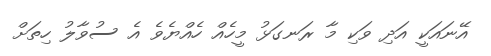
އޭނައަކީ އަދި ވަކި މާ ރަނގަޅު މީހެއް ހެއްޔެވެ އެ ސުވާލު ހިތަށް